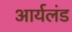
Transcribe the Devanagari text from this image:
आर्यलंड